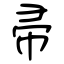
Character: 帚